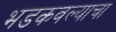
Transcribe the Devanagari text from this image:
भडकवल्याचा